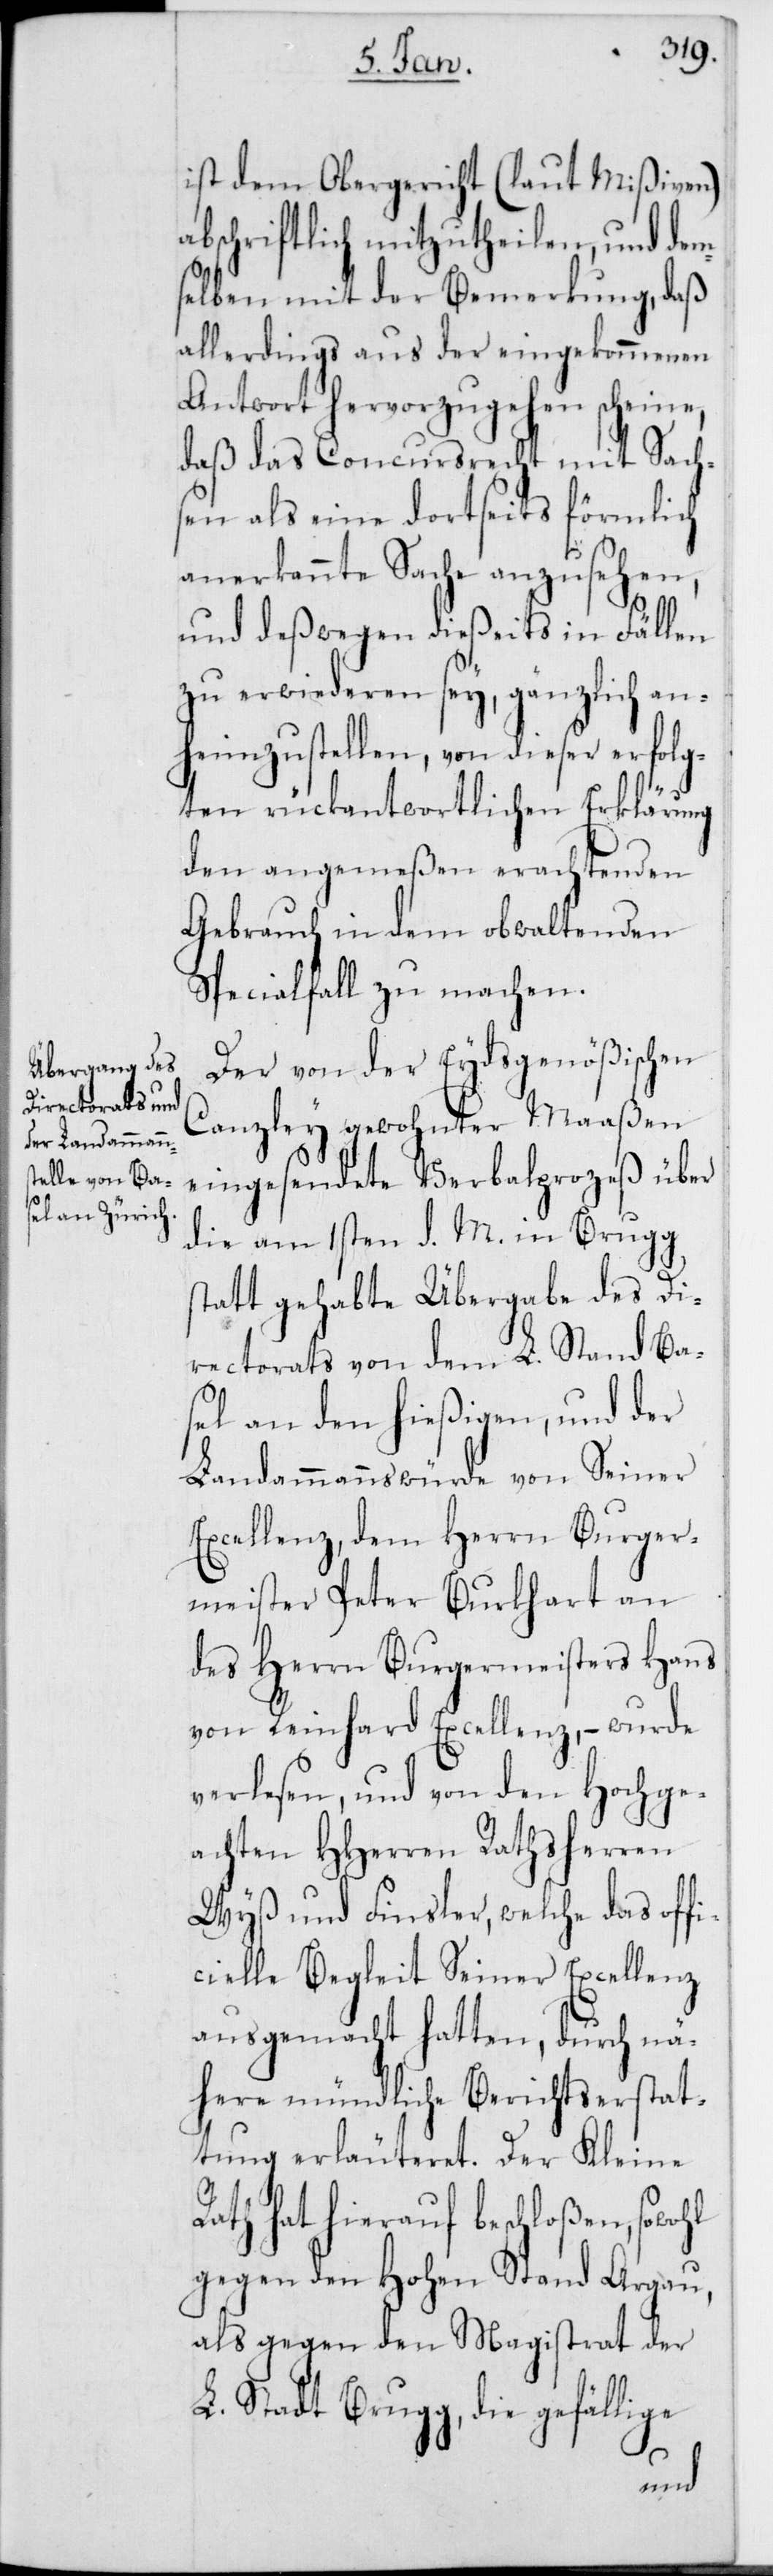
ist dem Obergericht (laut Mißiven)
abschriftlich mitzutheilen, und dem¬
selben mit der Bemerkung, daß
allerdings aus der eingekommenen
Antwort hervorzuheben scheine,
daß das Concursrecht mit Sachs¬
en als eine dortseits förmlich
anerkannte Sache anzusehen,
und deßwegen dießeits in Fällen
zu erwideren sey, gänzlich an¬
heimzustellen, von dieser erfolg¬
ten rückantwortlichen Erklärung
den angemeßen erachtenden
Gebrauch in dem obwaltenden
Specialfall zu machen.
Der von der Eydsgenößischen
Canzley gewohnter Maaßen
eingesendete Verbalprozeß über
die am 1sten d. M. in Brugg
statt gehabte Übergabe des Di¬
rectorats von dem L. Stand Ba¬
sel an den hießigen, und der
Landammannswürde von Seiner
Excellenz, dem Herrn Burger¬
meister Peter Burkhart an
des Herrn Burgermeisters Hans
von Reinhard Excellenz, – wurde
verlesen, und von den Hochge¬
achten HHerren Rathsherren
Wyß und Finsler, welche das off¬
icielle Begleit Seiner Excellenz
ausgemacht hatten, durch nä¬
here mündliche Berichtserstat¬
tung erläuteret. Der Kleine
Rath hat hierauf beschloßen, sowohl
gegen den Hohen Stand Argau,
als gegen den Magistrat der
L. Stadt Brugg, die gefällige